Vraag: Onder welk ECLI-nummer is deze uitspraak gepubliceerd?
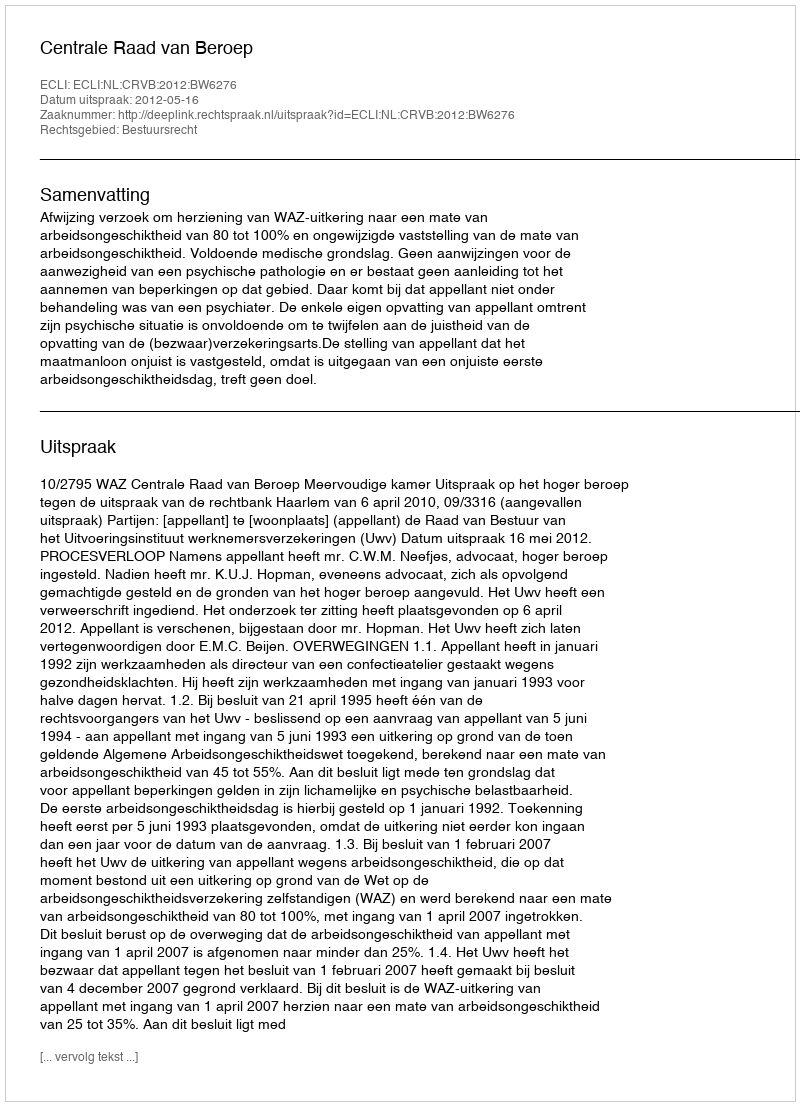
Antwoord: ECLI:NL:CRVB:2012:BW6276